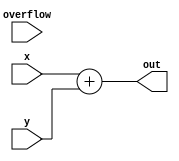
`timescale 1ns / 1ps
//////////////////////////////////////////////////////////////////////////////////
// Company: 
// Engineer: 
// 
// Design Name: 
// Module Name: add_6bit
// Project Name: 
// Target Devices: 
// Tool Versions: 
// Description: 
// 
// Dependencies: 
// 
// Revision:
// Revision 0.01 - File Created
// Additional Comments:
// 
//////////////////////////////////////////////////////////////////////////////////


module add_6bit(
    input [5:0] x,
    input [5:0] y,
    output [5:0] out,
    input overflow);

    wire [6:0] temp;
    wire [5:0] carry2;

    assign temp     = x + y;
    assign carry2   = x[4:0] + y [4:0];
    assign out      = temp[5:0];
    assign overflow = temp[6] ^ carry2[5];

endmodule